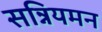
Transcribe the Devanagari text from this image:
सन्नियमन